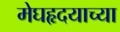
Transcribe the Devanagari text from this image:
मेघहृदयाच्या